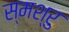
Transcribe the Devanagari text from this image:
स्मश्रु